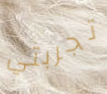
تجربتي